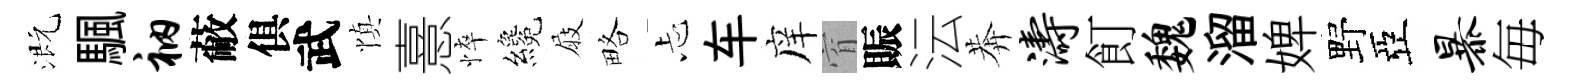
溉颿衲蔽俱武慎憙悴纔屐略忐车庠窅賑沄莾涛飣魏溜婢野亞暴毎